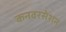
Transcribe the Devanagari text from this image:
कनवरसेशन